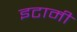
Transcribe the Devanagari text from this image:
इटामी